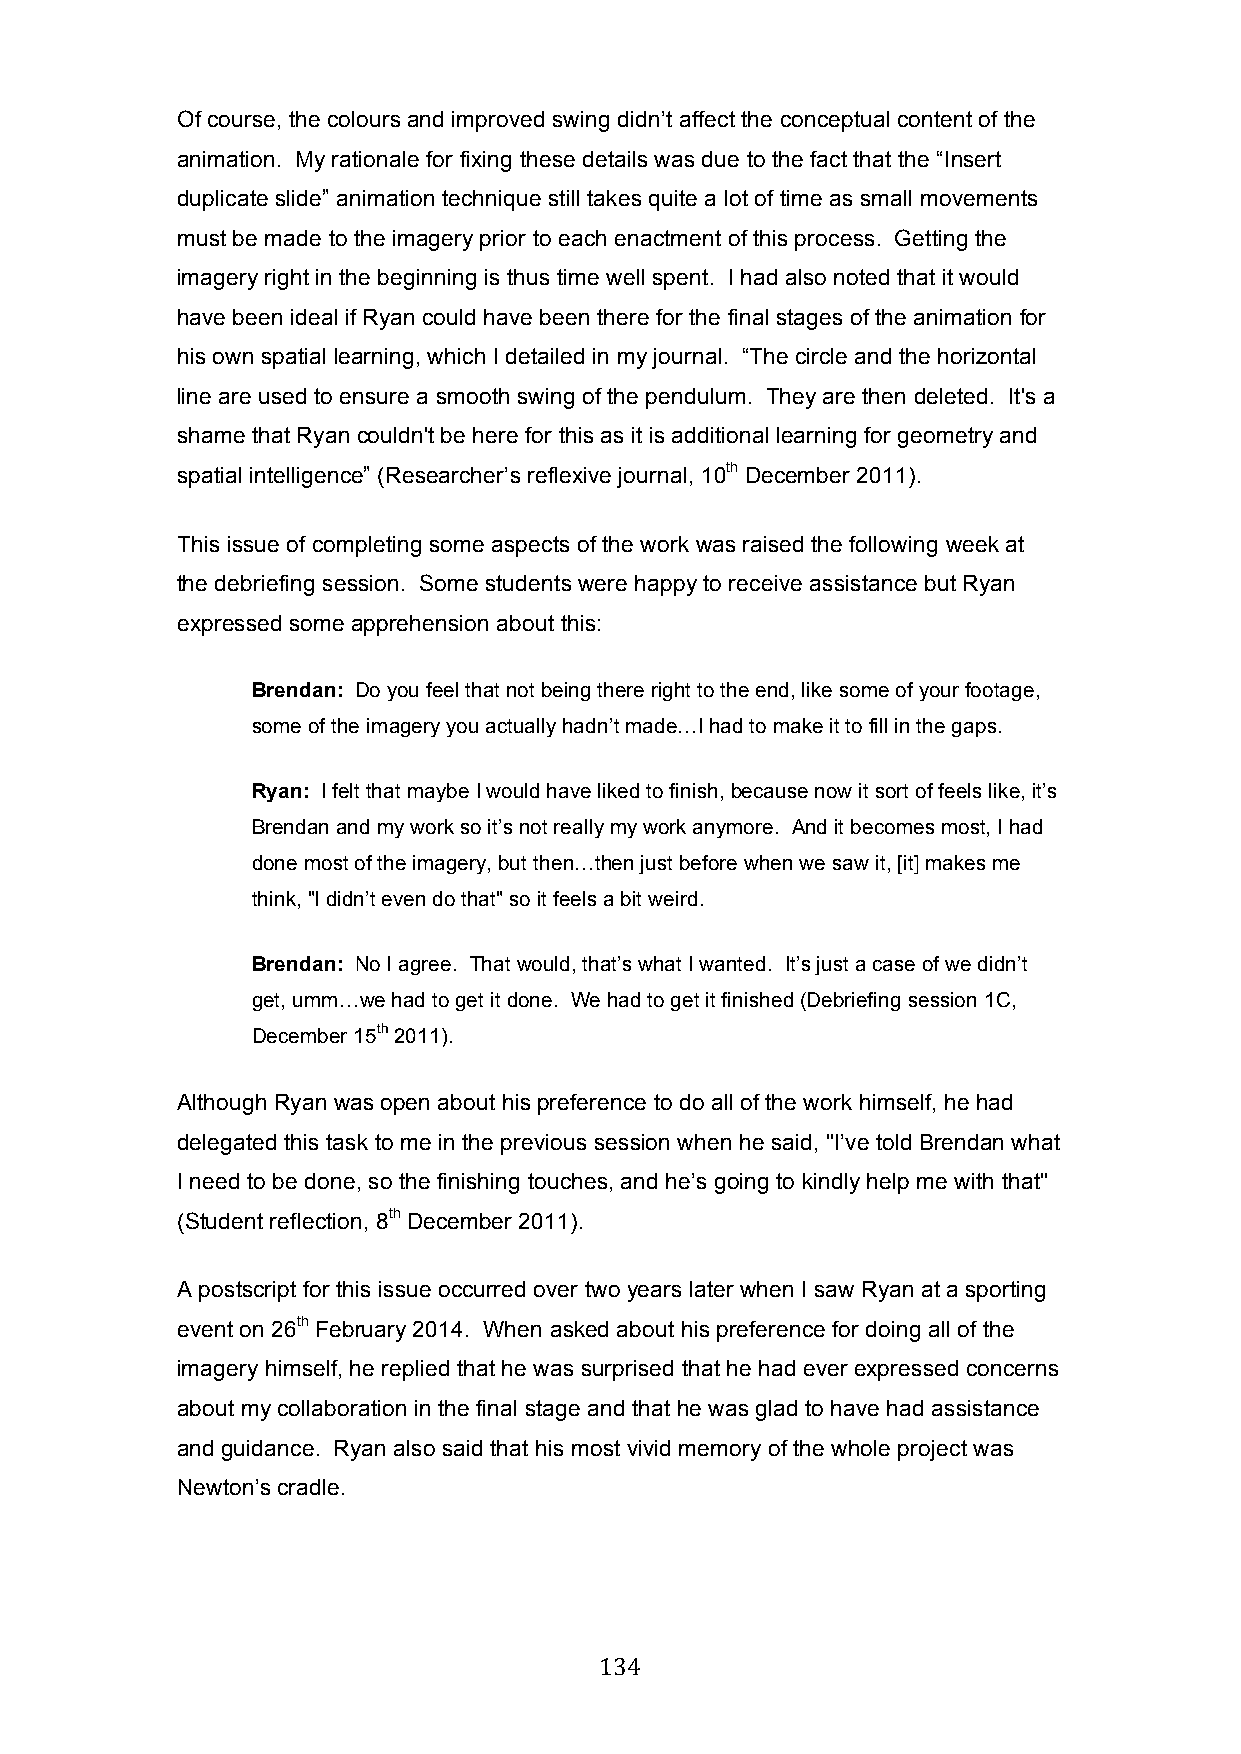
Of course, the colours and improved swing didn’t affect the conceptual content of the
 animation. My rationale for fixing these details was due to the fact that the “Insert
 duplicate slide” animation technique still takes quite a lot of time as small movements
 must be made to the imagery prior to each enactment of this process. Getting the
 imagery right in the beginning is thus time well spent. I had also noted that it would
 have been ideal if Ryan could have been there for the final stages of the animation for
 his own spatial learning, which I detailed in my journal. “The circle and the horizontal
 line are used to ensure a smooth swing of the pendulum. They are then deleted. It's a
 shame that Ryan couldn't be here for this as it is additional learning for geometry and
 spatial intelligence” (Researcher’s reflexive journal, 10th December 2011).
 This issue of completing some aspects of the work was raised the following week at
 the debriefing session. Some students were happy to receive assistance but Ryan
 expressed some apprehension about this:
 Brendan: Do you feel that not being there right to the end, like some of your footage,
 some of the imagery you actually hadn’t made…I had to make it to fill in the gaps.
 Ryan: I felt that maybe I would have liked to finish, because now it sort of feels like, it’s
 Brendan and my work so it’s not really my work anymore. And it becomes most, I had
 done most of the imagery, but then…then just before when we saw it, [it] makes me
 think, "I didn’t even do that" so it feels a bit weird.
 Brendan: No I agree. That would, that’s what I wanted. It’s just a case of we didn’t
 get, umm…we had to get it done. We had to get it finished (Debriefing session 1C,
 December 15th 2011).
 Although Ryan was open about his preference to do all of the work himself, he had
 delegated this task to me in the previous session when he said, "I’ve told Brendan what
 I need to be done, so the finishing touches, and he’s going to kindly help me with that"
 (Student reflection, 8th December 2011).
 A postscript for this issue occurred over two years later when I saw Ryan at a sporting
 event on 26th February 2014. When asked about his preference for doing all of the
 imagery himself, he replied that he was surprised that he had ever expressed concerns
 about my collaboration in the final stage and that he was glad to have had assistance
 and guidance. Ryan also said that his most vivid memory of the whole project was
 Newton’s cradle.
 134